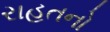
રાહતનો